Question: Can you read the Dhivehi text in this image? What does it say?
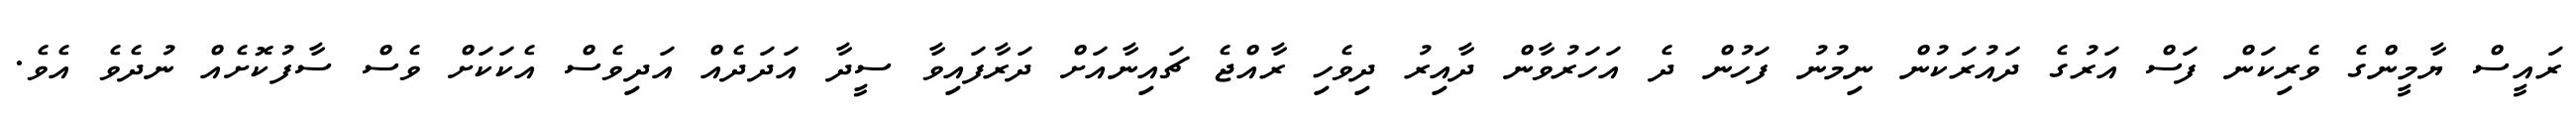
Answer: ރައީސް ޔާމީންގެ ވެރިކަން ފަސް އަރުގެ ދައުރަކުން ނިމުނު ފަހުން ދެ އަހަރުވާން ދާއިރު ދިވެހި ރާއްޖެ ޗައިނާއަށް ދަރާފައިވާ ސީދާ އަދަދެއް އަދިވެސް އެކަކަށް ވެސް ސާފުކޮށެއް ނުދެވެ އެވެ.